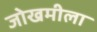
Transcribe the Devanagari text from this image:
जोखमीला